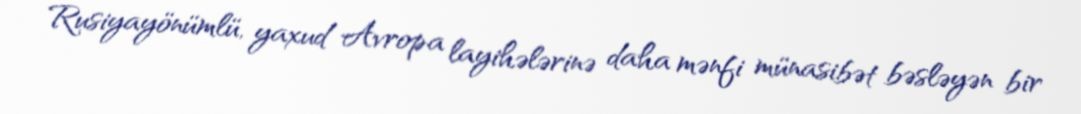
Rusiyayönümlü, yaxud Avropa layihələrinə daha mənfi münasibət bəsləyən bir